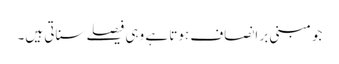
جو مبنی بر انصاف ہوتا ہے وہی فیصلے سناتی ہیں۔